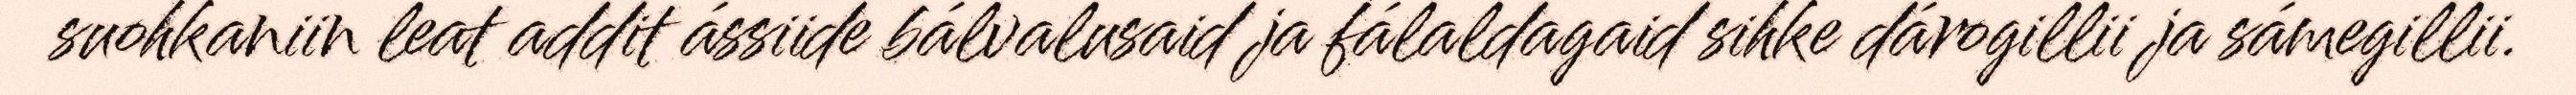
suohkaniin leat addit ássiide bálvalusaid ja fálaldagaid sihke dárogillii ja sámegillii.